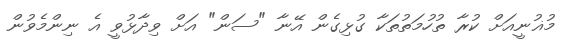
މުޣުނީއަށް ކުރާ ތުހުމަތުތަކާ ގުޅިގެން އޭނާ "ސަން" އަށް ވިދާޅުވީ އެ ނިންމެވުން